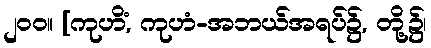
၂၀၀။ [ကုဟိံ, ကုဟံ-အဘယ်အရပ်၌, တို့၌၊